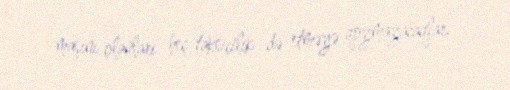
maşını olanları heç taksiçilik də etməyə qoymayacaqlar.